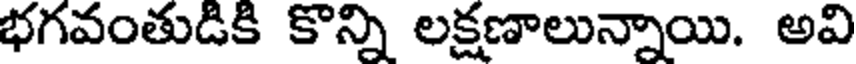
భగవంతుడికి కొన్ని లక్షణాలున్నాయి. అవి